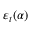
\varepsilon _ { t } ( \alpha )